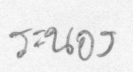
ระนอง